Civil Veterinary Dept. Assam report 1927-50 - 1927-1950
Year: 1927
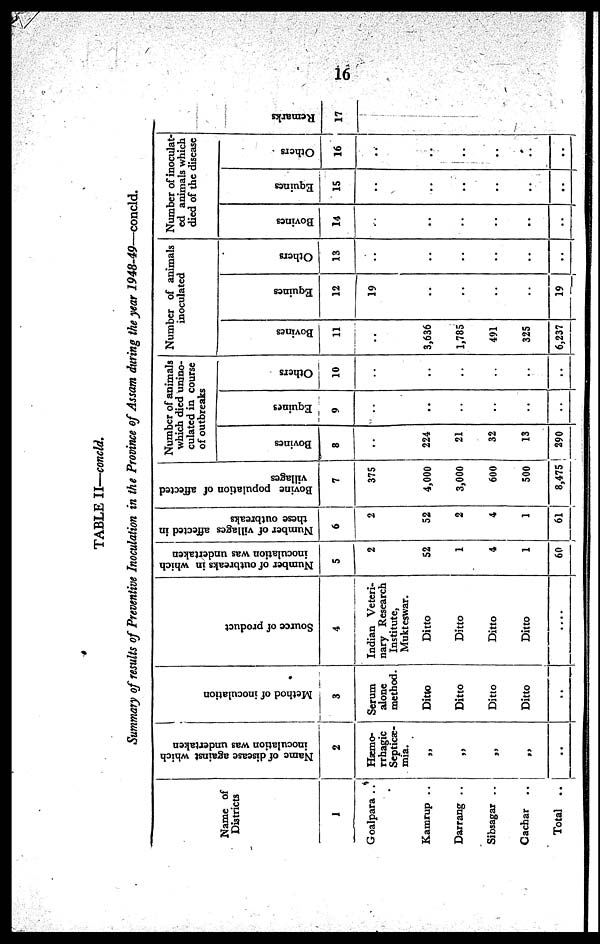
16
TABLE II—concld.
Summary of results of Preventive Inoculation in the Province of Assam during the year 1948-49—concld.
Name of
Districts
1
Goalpara ..
Kamrup ..
Darrang ..
Sibsagar ..
Cachar ..
Total
..
Name of disease against which
inoculation was undertaken
2
Hæmo-
rrhagic
Septicæ-
mia.
„
..
„
„
..
Method of inoculation
3
Serum
alone
method.
Ditto
Ditto
Ditto
Ditto
..
Source of product
4
Indian Veteri-
nary Research
Institute,
Mukteswar.
Ditto
Ditto
Ditto
Ditto
....
Number of outbreaks in which
inoculation was undertaken
5
2
52
1
4
1
60
Number of villages affected in
these outbreaks
6
2
52
2
4
1
61
Bovine population of affected
villages
7
375
4,000
3,000
600
500
| 8,475
Number of animals
which died unino-
culated in course
of outbreaks
Bovines
8
..
224
21
32
13
290
Equines
9
..
..
..
..
..
..
Others
10
..
..
..
..
..
..
Number of animals
inoculated
Bovines
11
..
3,636
1,785
491
325
6,237
Equines
12
19
..
..
..
..
19
| Others
13
..
..
..
..
..
..
Number of inoculat-
ed animals which
died of the disease
Bovines
14
..
..
..
..
..
..
Equines
15
..
..
..
..
..
..
Others
16
..
..
..
..
..
..
Remarks
17